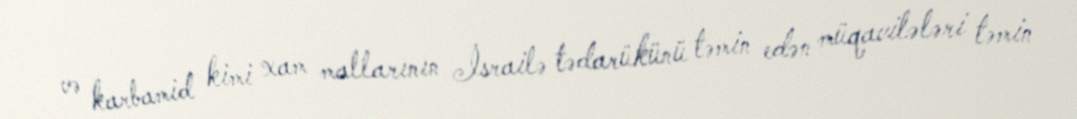
və karbamid kimi xam mallarının İsrailə tədarükünü təmin edən müqavilələri təmin